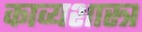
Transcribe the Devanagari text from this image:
काव्‍यशास्‍त्र